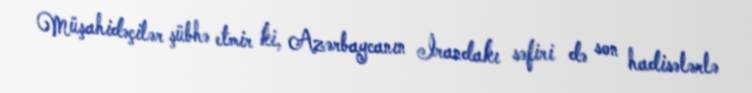
Müşahidəçilər şübhə etmir ki, Azərbaycanın İrandakı səfiri də son hadisələrlə